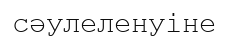
сәулеленуіне